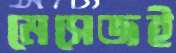
মেসেজই